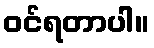
ဝင်ရတာပါ။